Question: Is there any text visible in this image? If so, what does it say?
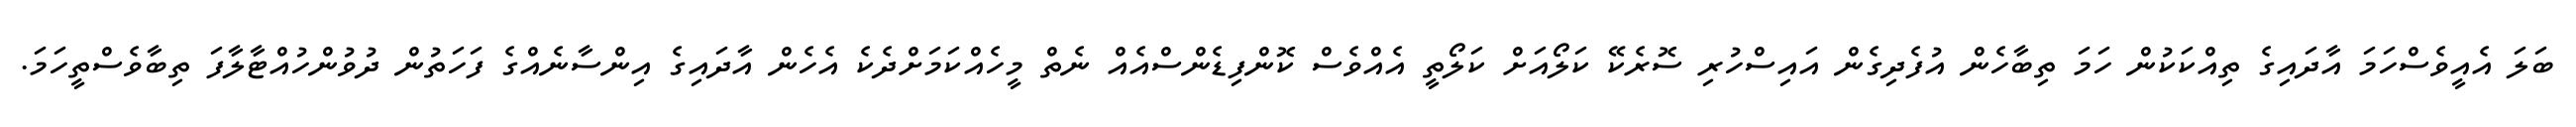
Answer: ބަލަ އެއީވެސްހަމަ އާދައިގެ ތިއްކަކުން ހަމަ ތިބާހެން އުފެދިގެން އައިސްހުރި ސޮރެކޭ ކަލޯއަށް ކަލޯތީ އެއްވެސް ކޮންފިޑެންސްއެއް ނެތް މީހެއްކަމަށްދެކެ އެހެން އާދައިގެ އިންސާނެއްގެ ފަހަތުން ދުވުންހުއްޓާލާފަ ތިބާވެސްތީހަމަ.